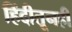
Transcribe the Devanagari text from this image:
हिंदीतूनही